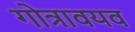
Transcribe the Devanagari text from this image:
गोत्रावयव